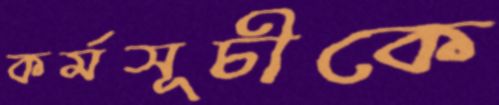
কর্মসূচীকে